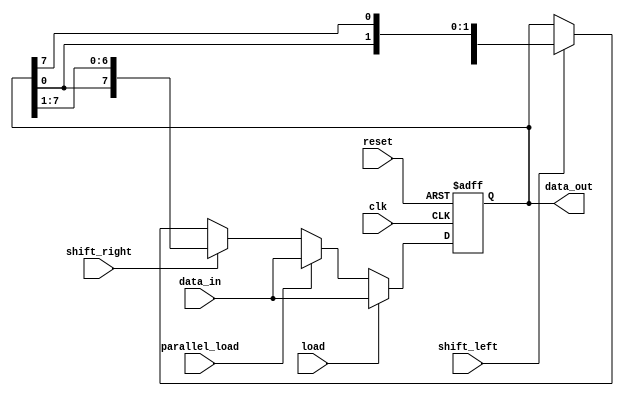
module Universal_Shift_Register (
    input wire clk,
    input wire reset,
    input wire shift_left,
    input wire shift_right,
    input wire load,
    input wire parallel_load,
    input wire [7:0] data_in,
    output reg [7:0] data_out
);

reg [7:0] reg_data;

always @ (posedge clk or posedge reset) begin
    if (reset) begin
        reg_data <= 8'b0;
    end else begin
        if (load) begin
            reg_data <= data_in;
        end else begin
            if (parallel_load) begin
                reg_data <= data_in;
            end else begin
                if (shift_left) begin
                    reg_data <= {reg_data[6:0], reg_data[7]};
                end
                if (shift_right) begin
                    reg_data <= {reg_data[0], reg_data[7:1]};
                end
            end
        end
    end
end

assign data_out = reg_data;

endmodule